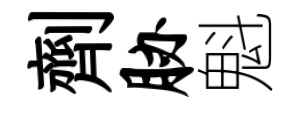
劑胁魁